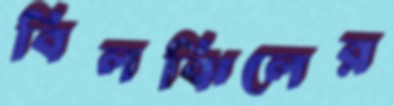
বিলঝিলের